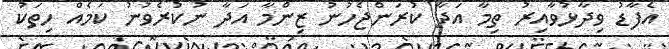
އެފާޑު ވިދާޅުވާއިރު ތިމާ އަދާ ކުރަންޖެހުނު ޒިންމާ އަދާ ނުކުރެވުނު ކަމެއް ހިތަކު